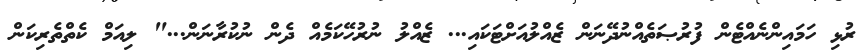
ރުޅި ހަމައިންނެއްޓެން ފުރުޞަތެއްނުދޭނަން ޒެއްލުއަށްޓަކައި... ޒެއްލު ނުރުހޭކަމެއް ދެން ނުކުރާނަން..." ލިއަމް ކެތްތެރިކަން